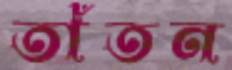
তাঁতন